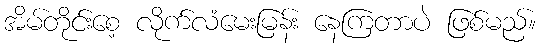
အိမ်တိုင်းစေ့ လိုက်လံမေးမြန်း နေကြတာပဲ ဖြစ်မည်။